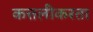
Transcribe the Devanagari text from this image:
कत्तलीकरता